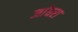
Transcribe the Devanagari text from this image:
जांघरा